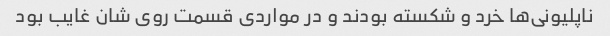
ناپلیونی‌ها خرد و شکسته بودند و در مواردی قسمت روی شان غایب بود